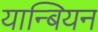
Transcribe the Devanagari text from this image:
यान्बियन